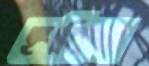
হপকিন্স